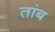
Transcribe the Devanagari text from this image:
तांब